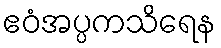
ဧဝံအပ္ပကသိရေန